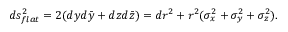
d s _ { f l a t } ^ { 2 } = 2 ( d y d \bar { y } + d z d \bar { z } ) = d r ^ { 2 } + r ^ { 2 } ( \sigma _ { x } ^ { 2 } + \sigma _ { y } ^ { 2 } + \sigma _ { z } ^ { 2 } ) .